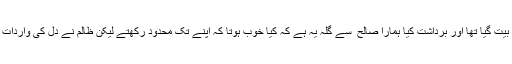
آپ تو ایک تھے جس پر سب کچھ بیت گیا تھا اور برداشت کیا ہمارا صالح ؔ سے گلہ یہ ہے کہ کیا خوب ہوتا کہ اپنے تک محدود رکھتے لیکن ظالم نے دل کی واردات ایسی ہی بتائی جیسی بیت گئیتھی ۔